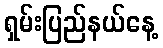
ရှမ်းပြည်နယ်နေ့